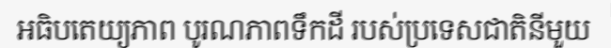
អធិបតេយ្យភាព បូរណភាពទឹកដី របស់ប្រទេសជាតិនីមួយ